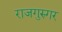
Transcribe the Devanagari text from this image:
राजगुरुगर